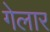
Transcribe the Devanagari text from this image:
गेलार